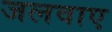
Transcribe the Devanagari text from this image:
जलवाए